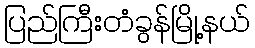
ပြည်ကြီးတံခွန်မြို့နယ်